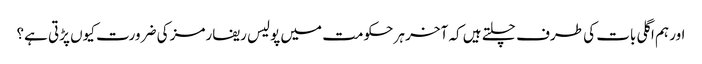
اور ہم اگلی بات کی طرف چلتے ہیں کہ آخر ہر حکومت میں پولیس ریفارمز کی ضرورت کیوں پڑتی ہے؟